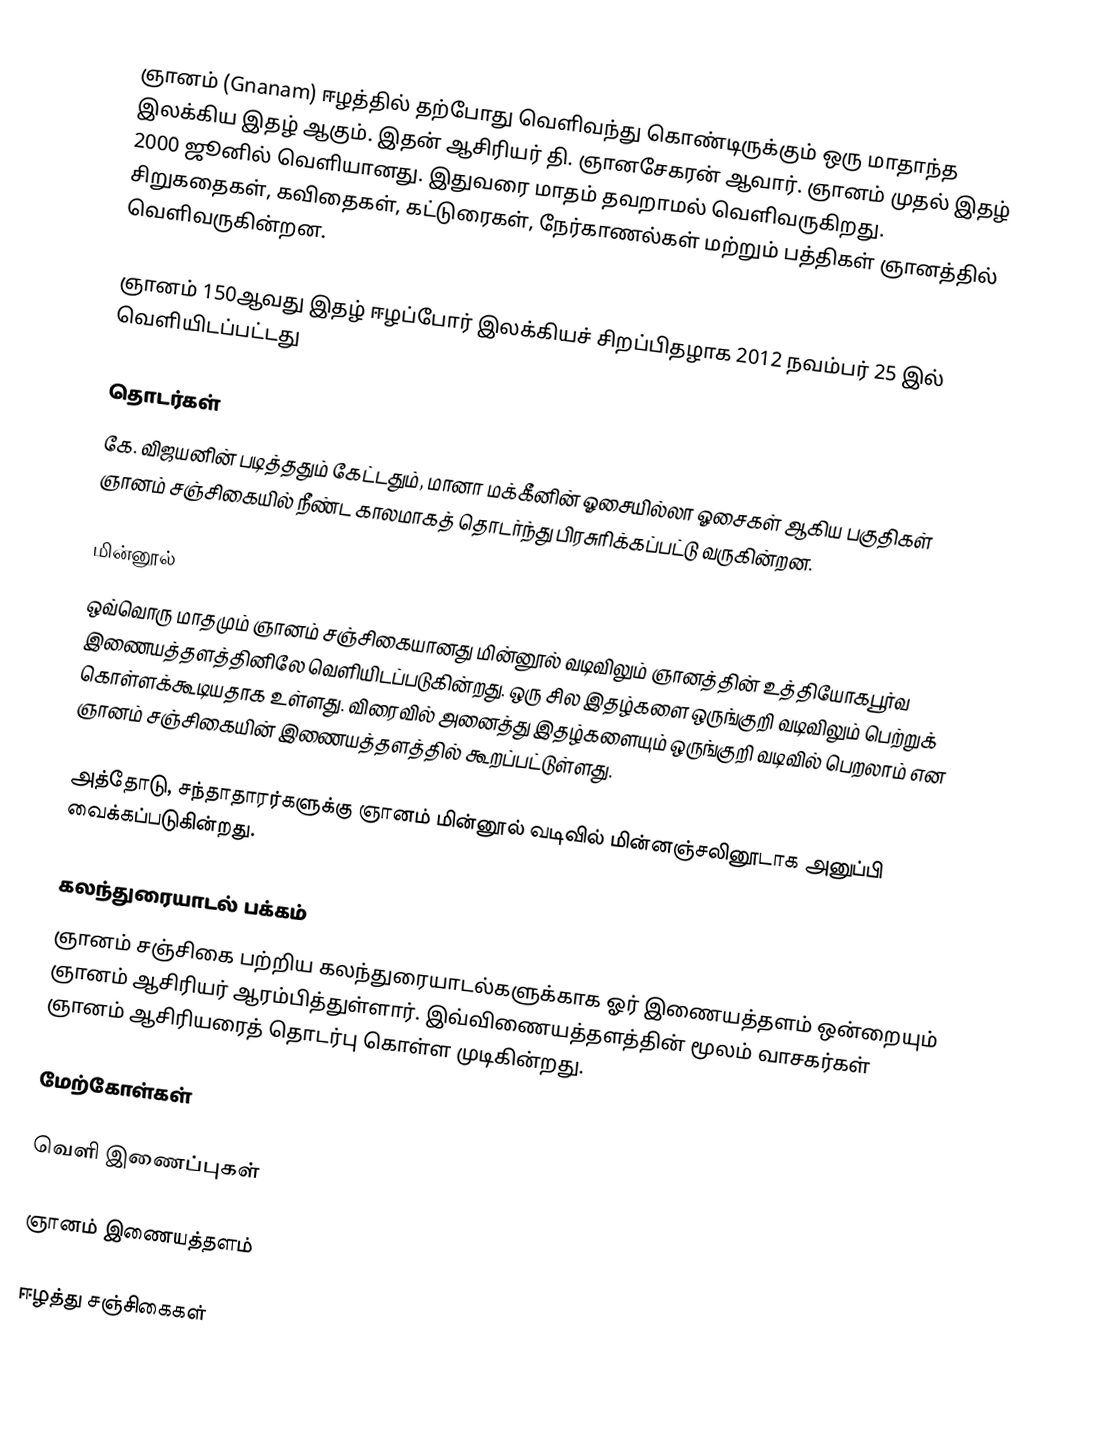
ஞானம் (Gnanam) ஈழத்தில் தற்போது வெளிவந்து கொண்டிருக்கும் ஒரு மாதாந்த இலக்கிய இதழ் ஆகும். இதன் ஆசிரியர் தி. ஞானசேகரன் ஆவார். ஞானம் முதல் இதழ் 2000 ஜூனில் வெளியானது. இதுவரை மாதம் தவறாமல் வெளிவருகிறது. சிறுகதைகள், கவிதைகள், கட்டுரைகள், நேர்காணல்கள் மற்றும் பத்திகள் ஞானத்தில் வெளிவருகின்றன.

ஞானம் 150ஆவது இதழ் ஈழப்போர் இலக்கியச் சிறப்பிதழாக 2012 நவம்பர் 25 இல் வெளியிடப்பட்டது

தொடர்கள்
கே. விஜயனின் படித்ததும் கேட்டதும், மானா மக்கீனின் ஓசையில்லா ஓசைகள் ஆகிய பகுதிகள் ஞானம் சஞ்சிகையில் நீண்ட காலமாகத் தொடர்ந்து பிரசுரிக்கப்பட்டு வருகின்றன.

மின்னூல்
ஒவ்வொரு மாதமும் ஞானம் சஞ்சிகையானது மின்னூல் வடிவிலும் ஞானத்தின் உத்தியோகபூர்வ இணையத்தளத்தினிலே வெளியிடப்படுகின்றது. ஒரு சில இதழ்களை ஒருங்குறி வடிவிலும் பெற்றுக் கொள்ளக்கூடியதாக உள்ளது. விரைவில் அனைத்து இதழ்களையும் ஒருங்குறி வடிவில் பெறலாம் என ஞானம் சஞ்சிகையின் இணையத்தளத்தில் கூறப்பட்டுள்ளது.

அத்தோடு, சந்தாதாரர்களுக்கு ஞானம் மின்னூல் வடிவில் மின்னஞ்சலினூடாக அனுப்பி வைக்கப்படுகின்றது.

கலந்துரையாடல் பக்கம்
ஞானம் சஞ்சிகை பற்றிய கலந்துரையாடல்களுக்காக ஓர் இணையத்தளம் ஒன்றையும் ஞானம் ஆசிரியர் ஆரம்பித்துள்ளார். இவ்விணையத்தளத்தின் மூலம் வாசகர்கள் ஞானம் ஆசிரியரைத் தொடர்பு கொள்ள முடிகின்றது.

மேற்கோள்கள்

வெளி இணைப்புகள்

 ஞானம் இணையத்தளம்

ஈழத்து சஞ்சிகைகள்